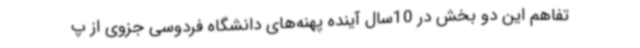
تفاهم این دو بخش در 10سال آینده پهنه‌های دانشگاه فردوسی جزوی از پ